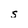
Character: s